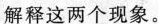
解释这两个现象。